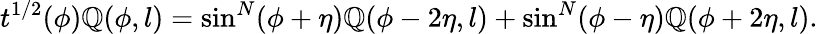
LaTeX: t^{1/2}(\phi)\mathbb{Q}(\phi,l)=\sin^{N}(\phi+\eta)\mathbb{Q}(\phi-2\eta,l)+\sin^{N}(\phi-\eta)\mathbb{Q}(\phi+2\eta,l).